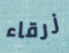
زرقاء